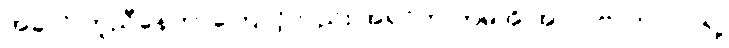
အခုလို တူညီနေတာကြောင့်လည်း အရင်က ကမိုအို အာလဗာဟာ လရဲ့